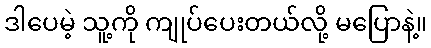
ဒါပေမဲ့ သူ့ကို ကျုပ်ပေးတယ်လို့ မပြောနဲ့။